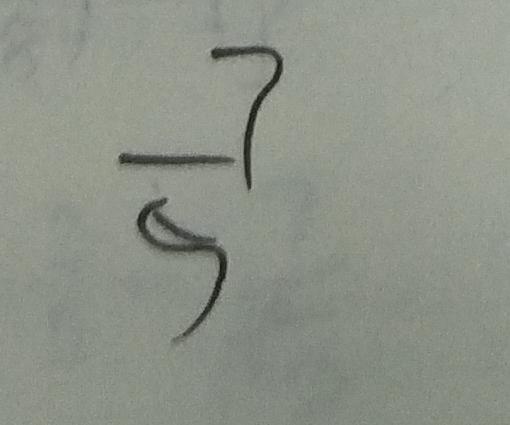
\frac { 7 } { 5 }